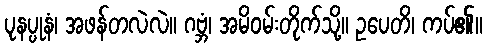
ပုနပ္ပုနံ၊ အဖန်တလဲလဲ။ ဂဗ္ဘံ၊ အမိဝမ်းတိုက်သို့။ ဥပေတိ၊ ကပ်၏။